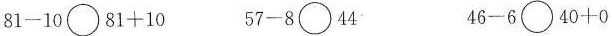
$$81-10\bigcirc81+10$$ $$57-8\bigcirc44$$ $$46-6\bigcirc40+0$$